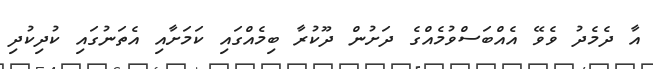
އާ ދެމެދު ވެވޭ އެއްބަސްވުމެއްގެ ދަށުން ދޫކުރާ ބިމެއްގައި ކަމަަށާއި އެތަނުގައި ކުދިކުދި